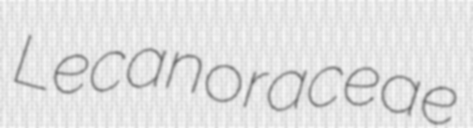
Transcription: Lecanoraceae